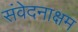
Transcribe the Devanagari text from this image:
संवेदनाक्षम